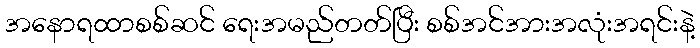
အနောရထာစစ်ဆင် ရေးအမည်တတ်ပြီး စစ်အင်အားအလုံးအရင်းနဲ့